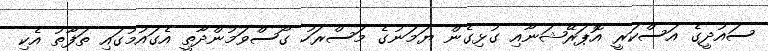
ސައުދީގެ އަސްކަރީ އޮޕަރޭޝަނާއި ގުޅިގެން ޔަމަނުގެ މަސްރަހު ގޯސްވަމުންދާތީ އެގައުމުގައި ތަފާތު އެކި